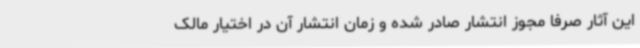
این آثار صرفا مجوز انتشار صادر شده و زمان انتشار آن در اختیار مالک